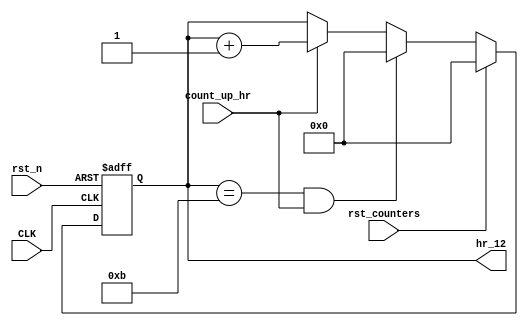
module clk_count_hr_12
(
	input  wire 	  CLK,
	input  wire 	  rst_n,
	input  wire       rst_counters,
	input  wire       count_up_hr,
	output reg  [7:0] hr_12
);

always @(posedge CLK,negedge rst_n) begin
	if (!rst_n) begin
		hr_12 <= 8'b0;
	end
	else if (rst_counters) begin
	    hr_12 <= 8'b0;
    end
	else if (hr_12 == 8'd11 && count_up_hr) begin
		hr_12 <= 8'b0;
	end
	else if (count_up_hr) begin
		hr_12 <= hr_12 + 1'b1;
    end
end

endmodule